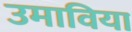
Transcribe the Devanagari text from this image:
उमाविया